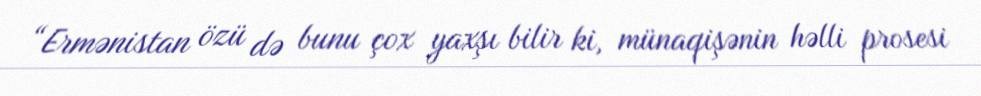
“Ermənistan özü də bunu çox yaxşı bilir ki, münaqişənin həlli prosesi